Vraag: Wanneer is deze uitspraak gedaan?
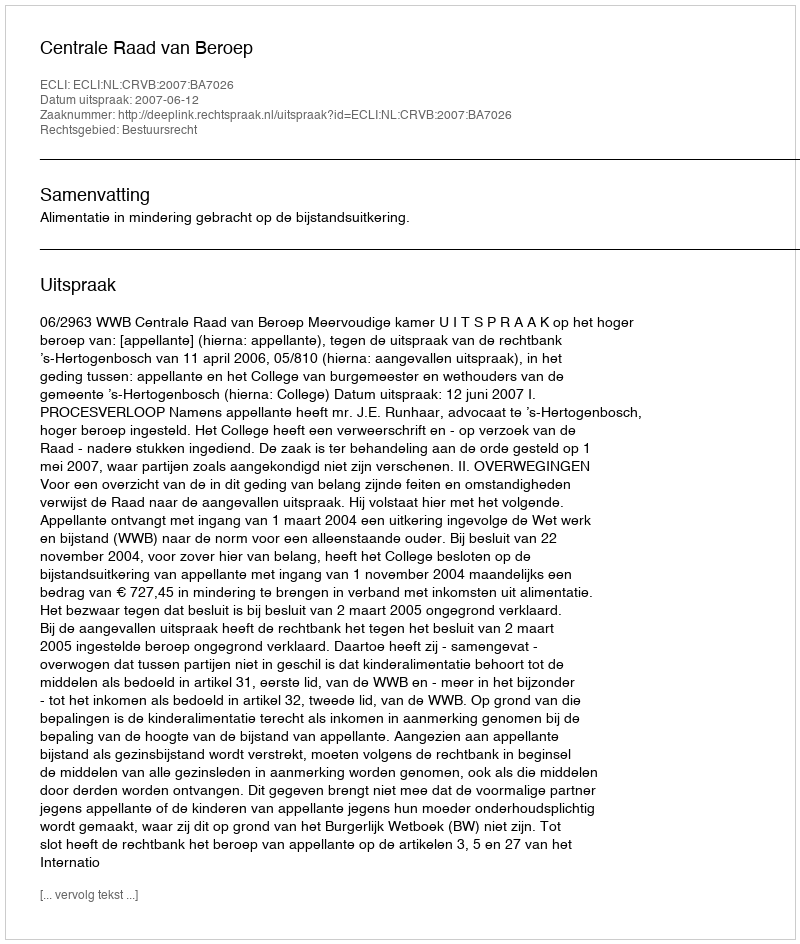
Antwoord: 2007-06-12